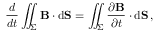
{ \frac { d } { d t } } \iint _ { \Sigma } \mathbf { B } \cdot \mathrm { d } \mathbf { S } = \iint _ { \Sigma } { \frac { \partial \mathbf { B } } { \partial t } } \cdot \mathrm { d } \mathbf { S } \, ,